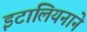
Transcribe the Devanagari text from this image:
इटालियनाने